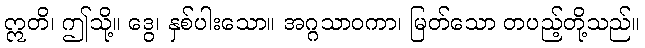
ဣတိ၊ ဤသို့။ ဒွေ၊ နှစ်ပါးသော။ အဂ္ဂသာဝကာ၊ မြတ်သော တပည့်တို့သည်။